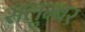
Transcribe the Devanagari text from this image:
सलुम्‍बर